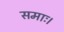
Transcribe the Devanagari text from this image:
समाः।